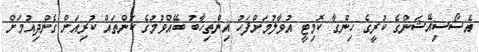
އެސޯސިއޭޝަންގެ ކުރީގެ ހިންގާ ކޮމިޓީ އުވާލުމަށްފަހު އިންތިހާބު ބޭއްވުމުގެ ކަންތައް ކުރިއަށް ގެންދިއުމަށް